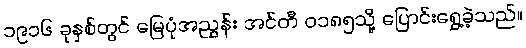
၁၉၁၆ ခုနှစ်တွင် မြေပုံအညွှန်း အင်တီ ၀၁၈၅သို့ ပြောင်းရွှေ့ခဲ့သည်။